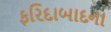
ફરિદાબાદના